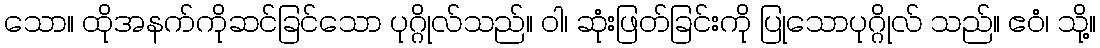
သော။ ထိုအနက်ကိုဆင်ခြင်သော ပုဂ္ဂိုလ်သည်။ ဝါ၊ ဆုံးဖြတ်ခြင်းကို ပြုသောပုဂ္ဂိုလ် သည်။ ဧဝံ၊ သို့။